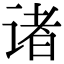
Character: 诸